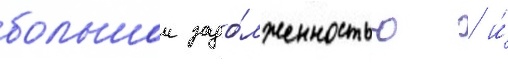
большои задо́лженностью / и́